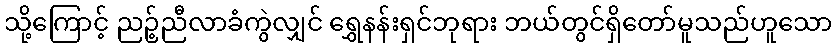
သို့ကြောင့် ညဉ့်ညီလာခံကွဲလျှင် ရွှေနန်းရှင်ဘုရား ဘယ်တွင်ရှိတော်မူသည်ဟူသော